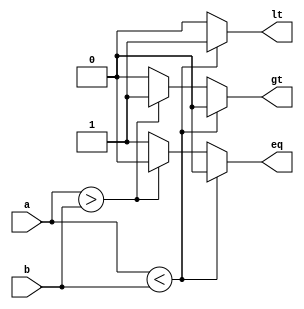
module cmp (input[3:0] a,  b,
            output reg lt, eq, gt);

  always @(*)
    begin
        lt = 0;
        eq = 0;
        gt = 0;
        if (a < b) lt = 1;
            else if (a > b) gt = 1;
        else eq = 1;    
    end
  
endmodule